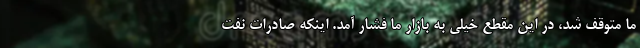
ما متوقف شد، در این مقطع خیلی به بازار ما فشار آمد. اینکه صادرات نفت